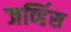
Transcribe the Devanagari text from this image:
जर्व्हिस